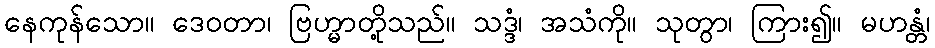
နေကုန်သော။ ဒေဝတာ၊ ဗြဟ္မာတို့သည်။ သဒ္ဒံ၊ အသံကို။ သုတွာ၊ ကြား၍။ မဟန္တံ၊